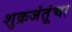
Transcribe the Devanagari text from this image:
शुक्रजंतूंचा